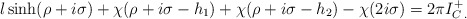
\begin{align*}l\sinh (\rho +i\sigma )+\chi (\rho +i\sigma -h_{1})+\chi (\rho +i\sigma -h_{2})-\chi (2i\sigma )=2\pi I^{+}_{C\: .}\end{align*}